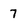
Character: 7